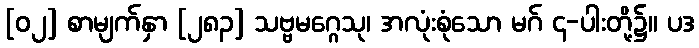
[၀၂] စာမျက်နှာ [၂၈၃] သဗ္ဗမဂ္ဂေသု၊ အလုံးစုံသော မဂ် ၄-ပါးတို့၌။ ပဒ